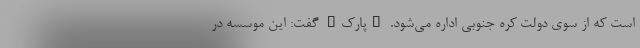
است که از سوی دولت کره جنوبی اداره می‌شود. "پارک" گفت: این موسسه در